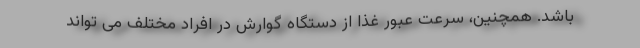
باشد. همچنین، سرعت عبور غذا از دستگاه گوارش در افراد مختلف می تواند